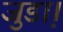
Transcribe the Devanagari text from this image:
जुडा़।